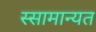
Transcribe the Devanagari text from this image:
स्सामान्यत